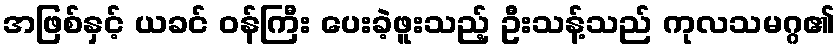
အဖြစ်နှင့် ယခင် ဝန်ကြီး ပေးခဲ့ဖူးသည့် ဦးသန့်သည် ကုလသမဂ္ဂ၏